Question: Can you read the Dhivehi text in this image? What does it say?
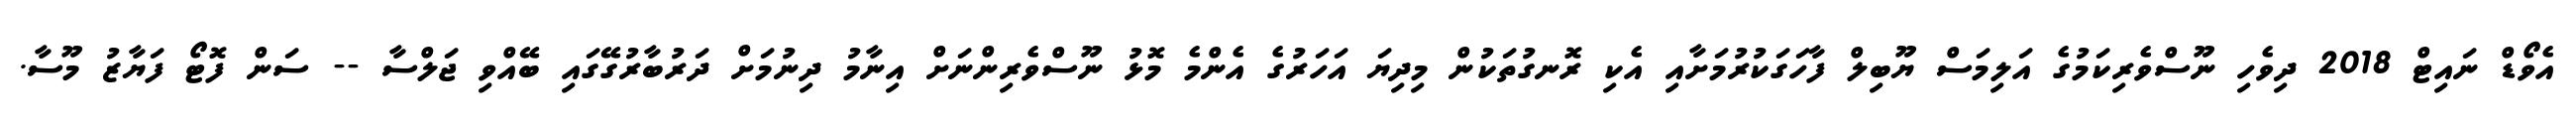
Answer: އެވޯޑް ނައިޓް 2018 ދިވެހި ނޫސްވެރިކަމުގެ އަލިމަސް ޔޫބިލް ފާހަގަކުރުމަށާއި އެކި ރޮނގުތަކުން މިދިޔަ އަހަރުގެ އެންމެ މޮޅު ނޫސްވެރިންނަށް އިނާމު ދިނުމަށް ދަރުބާރުގޭގައި ބޭއްވި ޖަލްސާ -- ސަން ފޮޓޯ ފަޔާޒު މޫސާ.